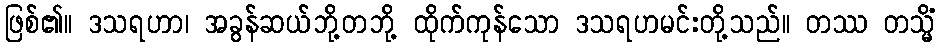
ဖြစ်၏။ ဒသရဟာ၊ အခွန်ဆယ်ဘို့တဘို့ ထိုက်ကုန်သော ဒသရဟမင်းတို့သည်။ တဿ တသ္မိံ